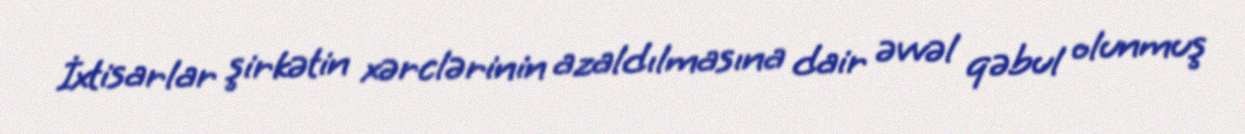
İxtisarlar şirkətin xərclərinin azaldılmasına dair əvvəl qəbul olunmuş